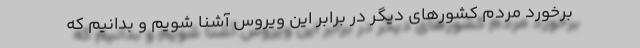
برخورد مردم کشورهای دیگر در برابر این ویروس آشنا شویم و بدانیم که